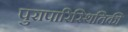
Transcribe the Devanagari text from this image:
पुरापारिस्थितिकी